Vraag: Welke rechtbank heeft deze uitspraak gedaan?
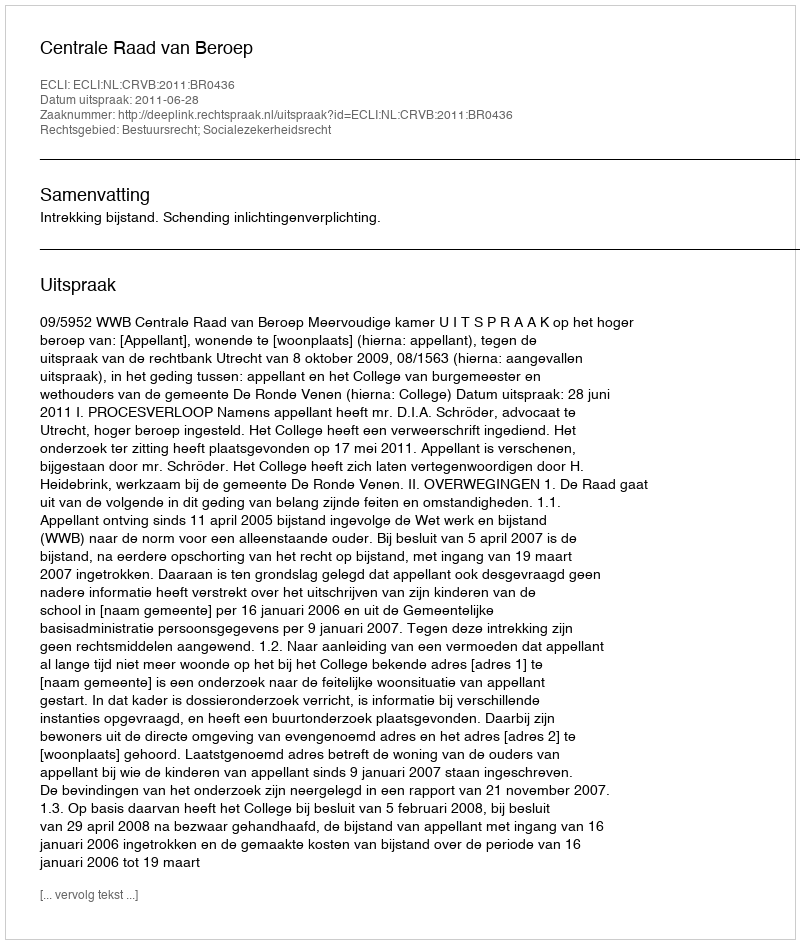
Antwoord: Centrale Raad van Beroep